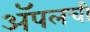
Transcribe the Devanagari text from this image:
अॅपलची